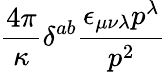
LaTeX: \frac{4\pi}{\kappa}\delta^{ab}\frac{\epsilon_{\mu\nu\lambda}p^{\lambda}}{p^{2}}